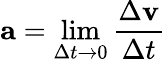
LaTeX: \mathbf{a}=\operatorname*{lim}_{\Delta t\to 0}{\frac{\Delta\mathbf{v}}{\Delta t}}